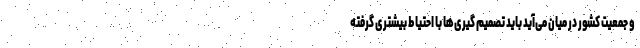
و جمعیت کشور در میان می‌آید باید تصمیم گیری‌ها با احتیاط بیشتری گرفته